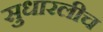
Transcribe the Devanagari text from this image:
सुधारलीच